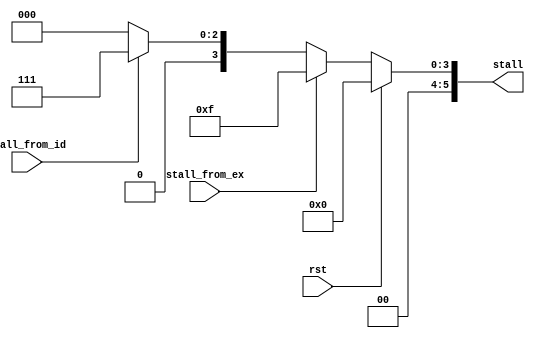
module ctrl (
    input  wire     rst,
    input  wire     stall_from_id,  //
    input  wire     stall_from_ex,  //
    output reg[5:0] stall           //
);

always@(*) begin
    if(rst) begin
        stall = 6'b000000;
    end else if(stall_from_ex)begin
        stall = 6'b001111;
    end else if(stall_from_id) begin
        stall = 6'b000111;
    end else begin
        stall = 6'b000000;
    end
end

endmodule //ctrl